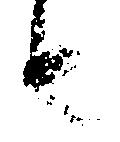
由